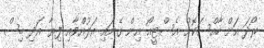
ރޯދަ އަށް ހާއްސަކޮށް އެސްޓީއޯ އިން ގެނައި އަލުއްވާއި ފިޔާ އަދި ބިސް